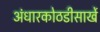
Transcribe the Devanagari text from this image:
अंधारकोठडीसार्खे